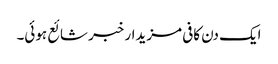
ایک دن کافی مزیدار خبر شائع ہوئی۔